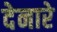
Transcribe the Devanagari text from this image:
देनारे